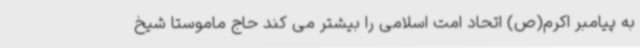
به پیامبر اکرم(ص) اتحاد امت اسلامی را بیشتر می کند حاج ماموستا شیخ